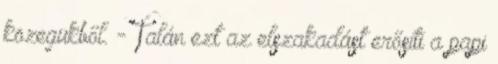
közegükből. - Talán ezt az elszakadást erősíti a papi